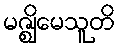
မဇ္ဈိမေသူတိ